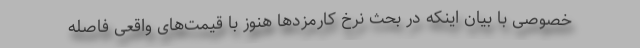
خصوصی با بیان اینکه در بحث نرخ کارمزدها هنوز با قیمت‌های واقعی فاصله